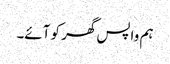
ہم واپس گھر کو آئے۔